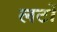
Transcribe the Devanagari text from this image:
लटों